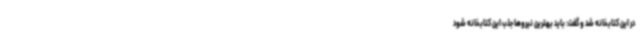
در این کتابخانه شد و گفت: باید بهترین نیروها جذب این کتابخانه شود